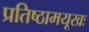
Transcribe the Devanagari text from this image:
प्रतिष्ठामयूखः